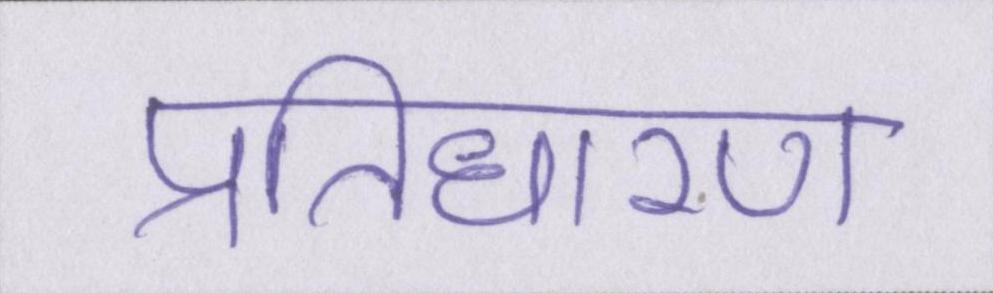
प्रतिधारण